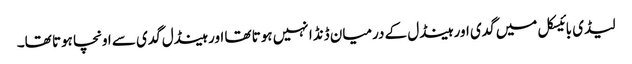
لیڈی بائیسکل میں گدی اور ہینڈل کے درمیان ڈنڈا نہیں ہوتا تھا اور ہینڈل گدی سے اونچا ہوتا تھا۔